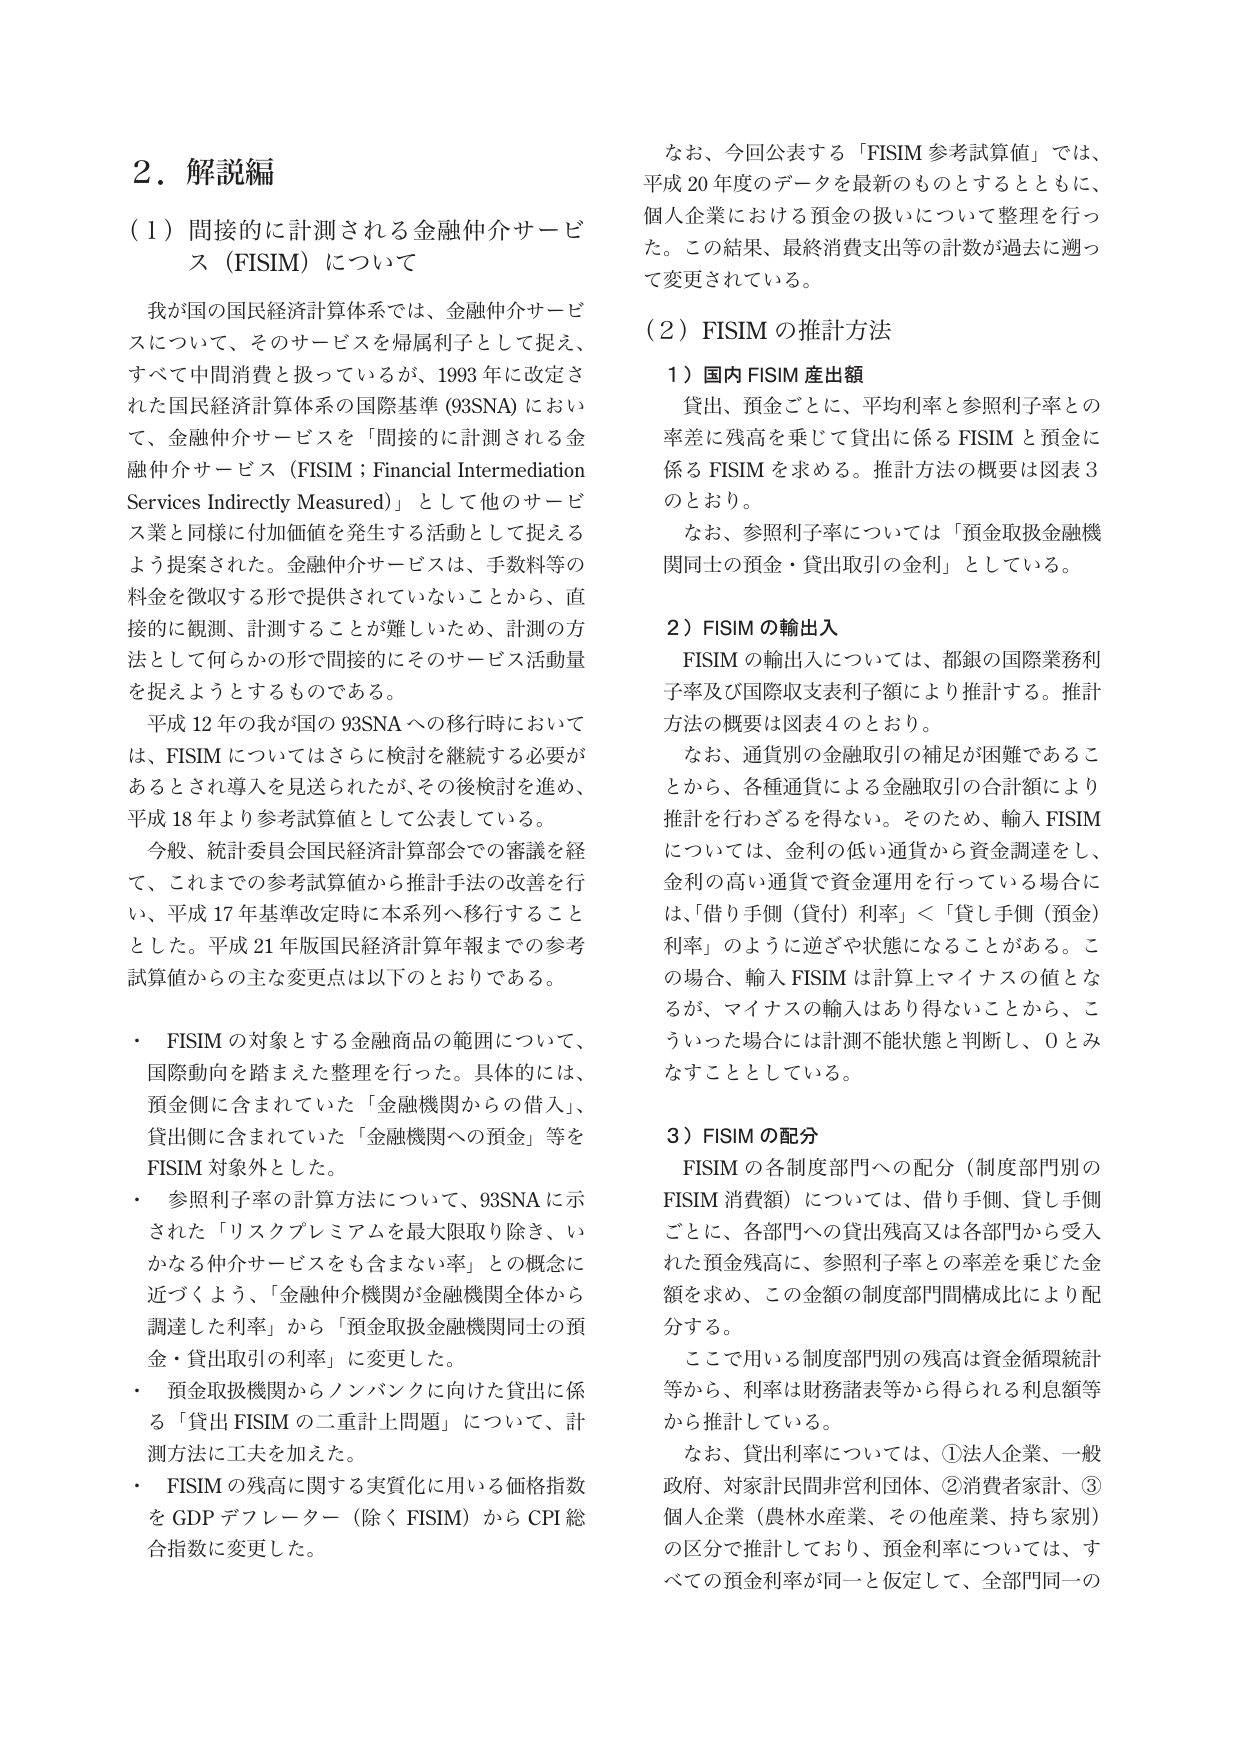
2. 解説編

（1）間接的に計測される金融仲介サービス（FISIM）について

我が国の国民経済計算体系では、金融仲介サービスについて、そのサービスを帰属利子として捉え、すべて中間消費と扱っているが、1993年に改定された国民経済計算体系の国際基準（93SNA）において、金融仲介サービスを「間接的に計測される金融仲介サービス（FISIM；Financial Intermediation Services Indirectly Measured）」として他のサービス業と同様に付加価値を発生する活動として捉えるよう提案された。金融仲介サービスは、手数料等の料金を徴収する形で提供されていないことから、直接的に観測、計測することが難しいため、計測の方法として何らかの形で間接的にそのサービス活動量を捉えようとするものである。

平成12年の我が国の93SNAへの移行時においては、FISIMについてはさらに検討を継続する必要があるとされ導入を見送られたが、その後検討を進め、平成18年より参考試算値として公表している。

今般、統計委員会国民経済計算部会での審議を経て、これまでの参考試算値から推計手法の改善を行い、平成17年基準改定時に本系列へ移行することとした。平成21年版国民経済計算年報までの参考試算値からの主な変更点は以下のとおりである。

・ FISIMの対象とする金融商品の範囲について、国際動向を踏まえた整理を行った。具体的には、預金側に含まれていた「金融機関からの借入」、貸出側に含まれていた「金融機関への預金」等をFISIM対象外とした。

・ 参照利子率の計算方法について、93SNAに示された「リスクプレミアムを最大限取り除き、いかなる仲介サービスをも含まない率」との概念に近づくよう、「金融仲介機関が金融機関全体から調達した利率」から「預金取扱金融機関同士の預金・貸出取引の利率」に変更した。

・ 預金取扱機関からノンバンクに向けた貸出に係る「貸出FISIMの二重計上問題」について、計測方法に工夫を加えた。

・ FISIMの残高に関する実質化に用いる価格指数をGDPデフレーター（除くFISIM）からCPI総合指数に変更した。

なお、今回公表する「FISIM参考試算値」では、平成20年度のデータを最新のものとするとともに、個人企業における預金の扱いについて整理を行った。この結果、最終消費支出等の計数が過去に遡って変更されている。

（2）FISIMの推計方法

1）国内FISIM産出額

貸出、預金ごとに、平均利率と参照利子率との率差に残高を乗じて貸出に係るFISIMと預金に係るFISIMを求める。推計方法の概要は図表3のとおり。

なお、参照利子率については「預金取扱金融機関同士の預金・貸出取引の金利」としている。

2）FISIMの輸出入

FISIMの輸出入については、都銀の国際業務利子率及び国際収支表利子額により推計する。推計方法の概要は図表4のとおり。

なお、通貨別の金融取引の補足が困難であることから、各種通貨による金融取引の合計額により推計を行わざるを得ない。そのため、輸入FISIMについては、金利の低い通貨から資金調達をし、金利の高い通貨で資金運用を行っている場合には、「借り手側（貸付）利率」＜「貸し手側（預金）利率」のように逆ざや状態になることがある。この場合、輸入FISIMは計算上マイナスの値となるが、マイナスの輸入はあり得ないことから、こういった場合には計測不能状態と判断し、0とみなすこととしている。

3）FISIMの配分

FISIMの各制度部門への配分（制度部門別のFISIM消費額）については、借り手側、貸し手側ごとに、各部門への貸出残高又は各部門から受入れた預金残高に、参照利子率との率差を乗じた金額を求め、この金額の制度部門間構成比により配分する。

ここで用いる制度部門別の残高は資金循環統計等から、利率は財務諸表等から得られる利息額等から推計している。

なお、貸出利率については、①法人企業、一般政府、対家計民間非営利団体、②消費者家計、③個人企業（農林水産業、その他産業、持ち家別）の区分で推計しており、預金利率については、すべての預金利率が同一と仮定して、全部門同一の